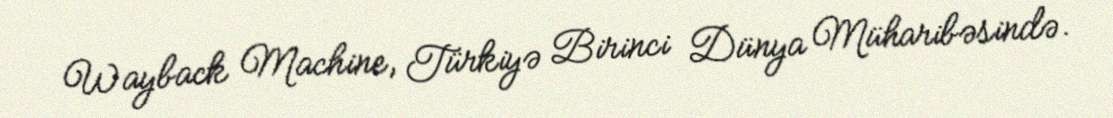
Wayback Machine, Türkiyə Birinci Dünya Müharibəsində.